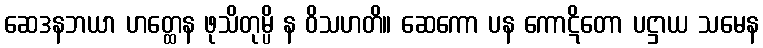
ဆေဒနဘယာ ဟတ္ထေန ဖုသိတုမ္ပိ န ဝိသဟတိ။ ဆေကော ပန ကောဋိတော ပဋ္ဌာယ သမေန